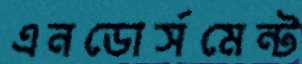
এনডোর্সমেন্ট